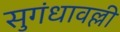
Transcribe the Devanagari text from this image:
सुगंधावल्ली